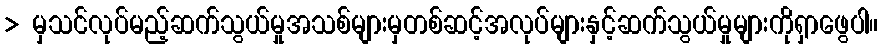
> မှသင်လုပ်မည့်ဆက်သွယ်မှုအသစ်များမှတစ်ဆင့်အလုပ်များနှင့်ဆက်သွယ်မှုများကိုရှာဖွေပါ။